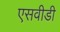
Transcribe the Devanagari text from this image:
एसवीडी